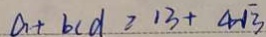
a + b c d \geqslant 1 3 + 4 \sqrt { 3 }